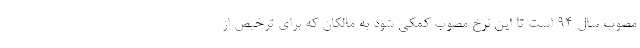
مصوب سال ۹۴ است تا این نرخ مصوب کمکی شود به مالکان که برای ترخیص از